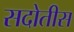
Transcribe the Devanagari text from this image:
सदोतीस